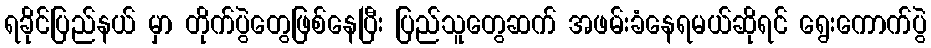
ရခိုင်ပြည်နယ် မှာ တိုက်ပွဲတွေဖြစ်နေပြီး ပြည်သူတွေဆက် အဖမ်းခံနေရမယ်ဆိုရင် ရွေးကောက်ပွဲ